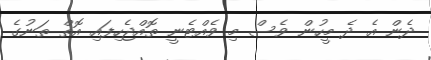
ދެން އެ ދެ މީހުން ވެސް މި ވެއްޓެނީ ތޮއްޖެހިފައި އޮތް ތަނުގެ